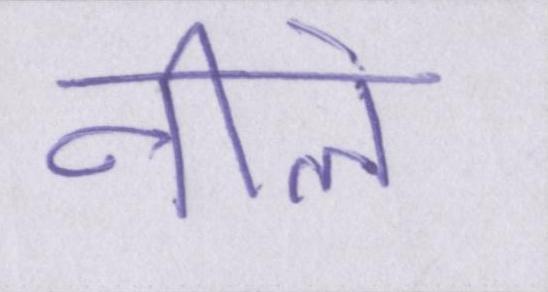
नीले